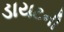
ડાયટની